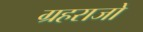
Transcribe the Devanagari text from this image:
ग्रहराजो